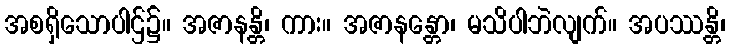
အစရှိသောပါဌ်၌။ အဇာနန္တိ၊ ကား။ အဇာနန္တော၊ မသိပါဘဲလျက်။ အပဿန္တိ၊